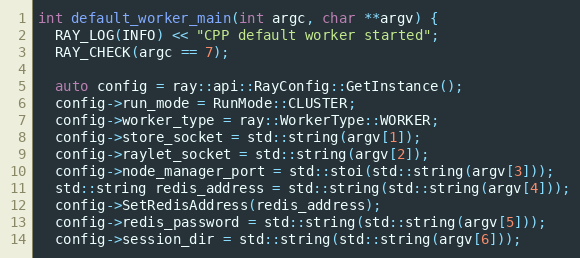
Language: C++
int default_worker_main(int argc, char **argv) {
  RAY_LOG(INFO) << "CPP default worker started";
  RAY_CHECK(argc == 7);

  auto config = ray::api::RayConfig::GetInstance();
  config->run_mode = RunMode::CLUSTER;
  config->worker_type = ray::WorkerType::WORKER;
  config->store_socket = std::string(argv[1]);
  config->raylet_socket = std::string(argv[2]);
  config->node_manager_port = std::stoi(std::string(argv[3]));
  std::string redis_address = std::string(std::string(argv[4]));
  config->SetRedisAddress(redis_address);
  config->redis_password = std::string(std::string(argv[5]));
  config->session_dir = std::string(std::string(argv[6]));